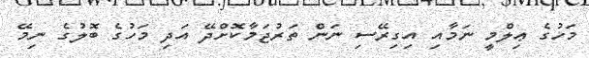
މަހުގެ ޢިލްމީ ނަމާއި އިގިރޭސި ނަން ތަރުޖަމާކޮށްދޭ އަދި މަހުގެ ބޮލުގެ ނިމޭ